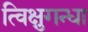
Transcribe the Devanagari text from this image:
त्विक्षुगन्धा